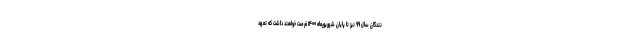
نندگان سال ۹۹ نیز تا پایان شهریورماه ۱۴۰۰ فرصت خواهند داشت که تعهد